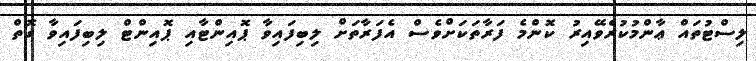
ލިސްޓުތައް ޢާންމުކުރެވޭއިރު ކޮންމެ ފަރާތަކަށްވެސް އެފަރާތަށް ލިބިފައިވާ ޕޮއިންޓާއި ޕޮއިންޓް ލިބިފައިވާ ގޮތް